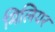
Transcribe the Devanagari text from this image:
मिलियर